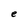
Character: e